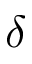
\delta